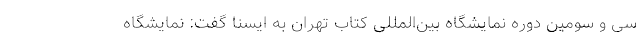
سی و سومین دوره نمایشگاه بین‌المللی کتاب تهران به ایسنا گفت: نمایشگاه